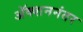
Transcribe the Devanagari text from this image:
अॅक्शननंतर